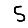
Digit: 5